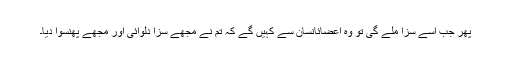
پھر جب اسے سزا ملے گی تو وہ اعضائانسان سے کہیں گے کہ تم نے مجھے سزا دلوائی اور مجھے پھنسوا دیا۔